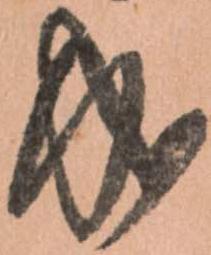
成